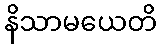
နိသာမယေတိ